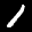
Label: 1